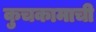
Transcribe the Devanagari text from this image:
कुचकामाची